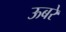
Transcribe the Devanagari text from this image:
ऊबरे